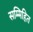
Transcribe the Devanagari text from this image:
सम्मिहित